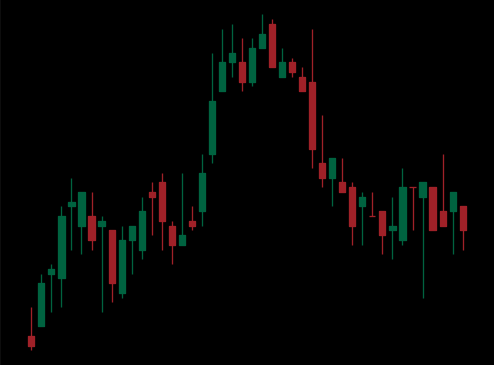
Pattern: head_shoulders